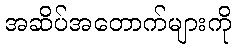
အဆိပ်အတောက်များကို